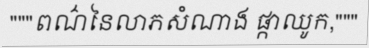
"""ពណ៌នៃលាភសំណាង ផ្កាឈូក,"""